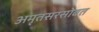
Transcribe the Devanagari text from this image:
अमृतसरसोबत